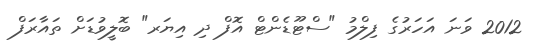
2012 ވަނަ އަހަރުގެ ފިލްމު "ސްޓޫޑެންޓް އޮފް ދި އިޔަރ" ބޮލީވުޑަށް ތައާރަފް